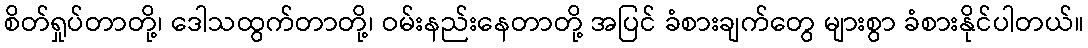
စိတ်ရှုပ်တာတို့၊ ဒေါသထွက်တာတို့၊ ဝမ်းနည်းနေတာတို့ အပြင် ခံစားချက်တွေ များစွာ ခံစားနိုင်ပါတယ်။